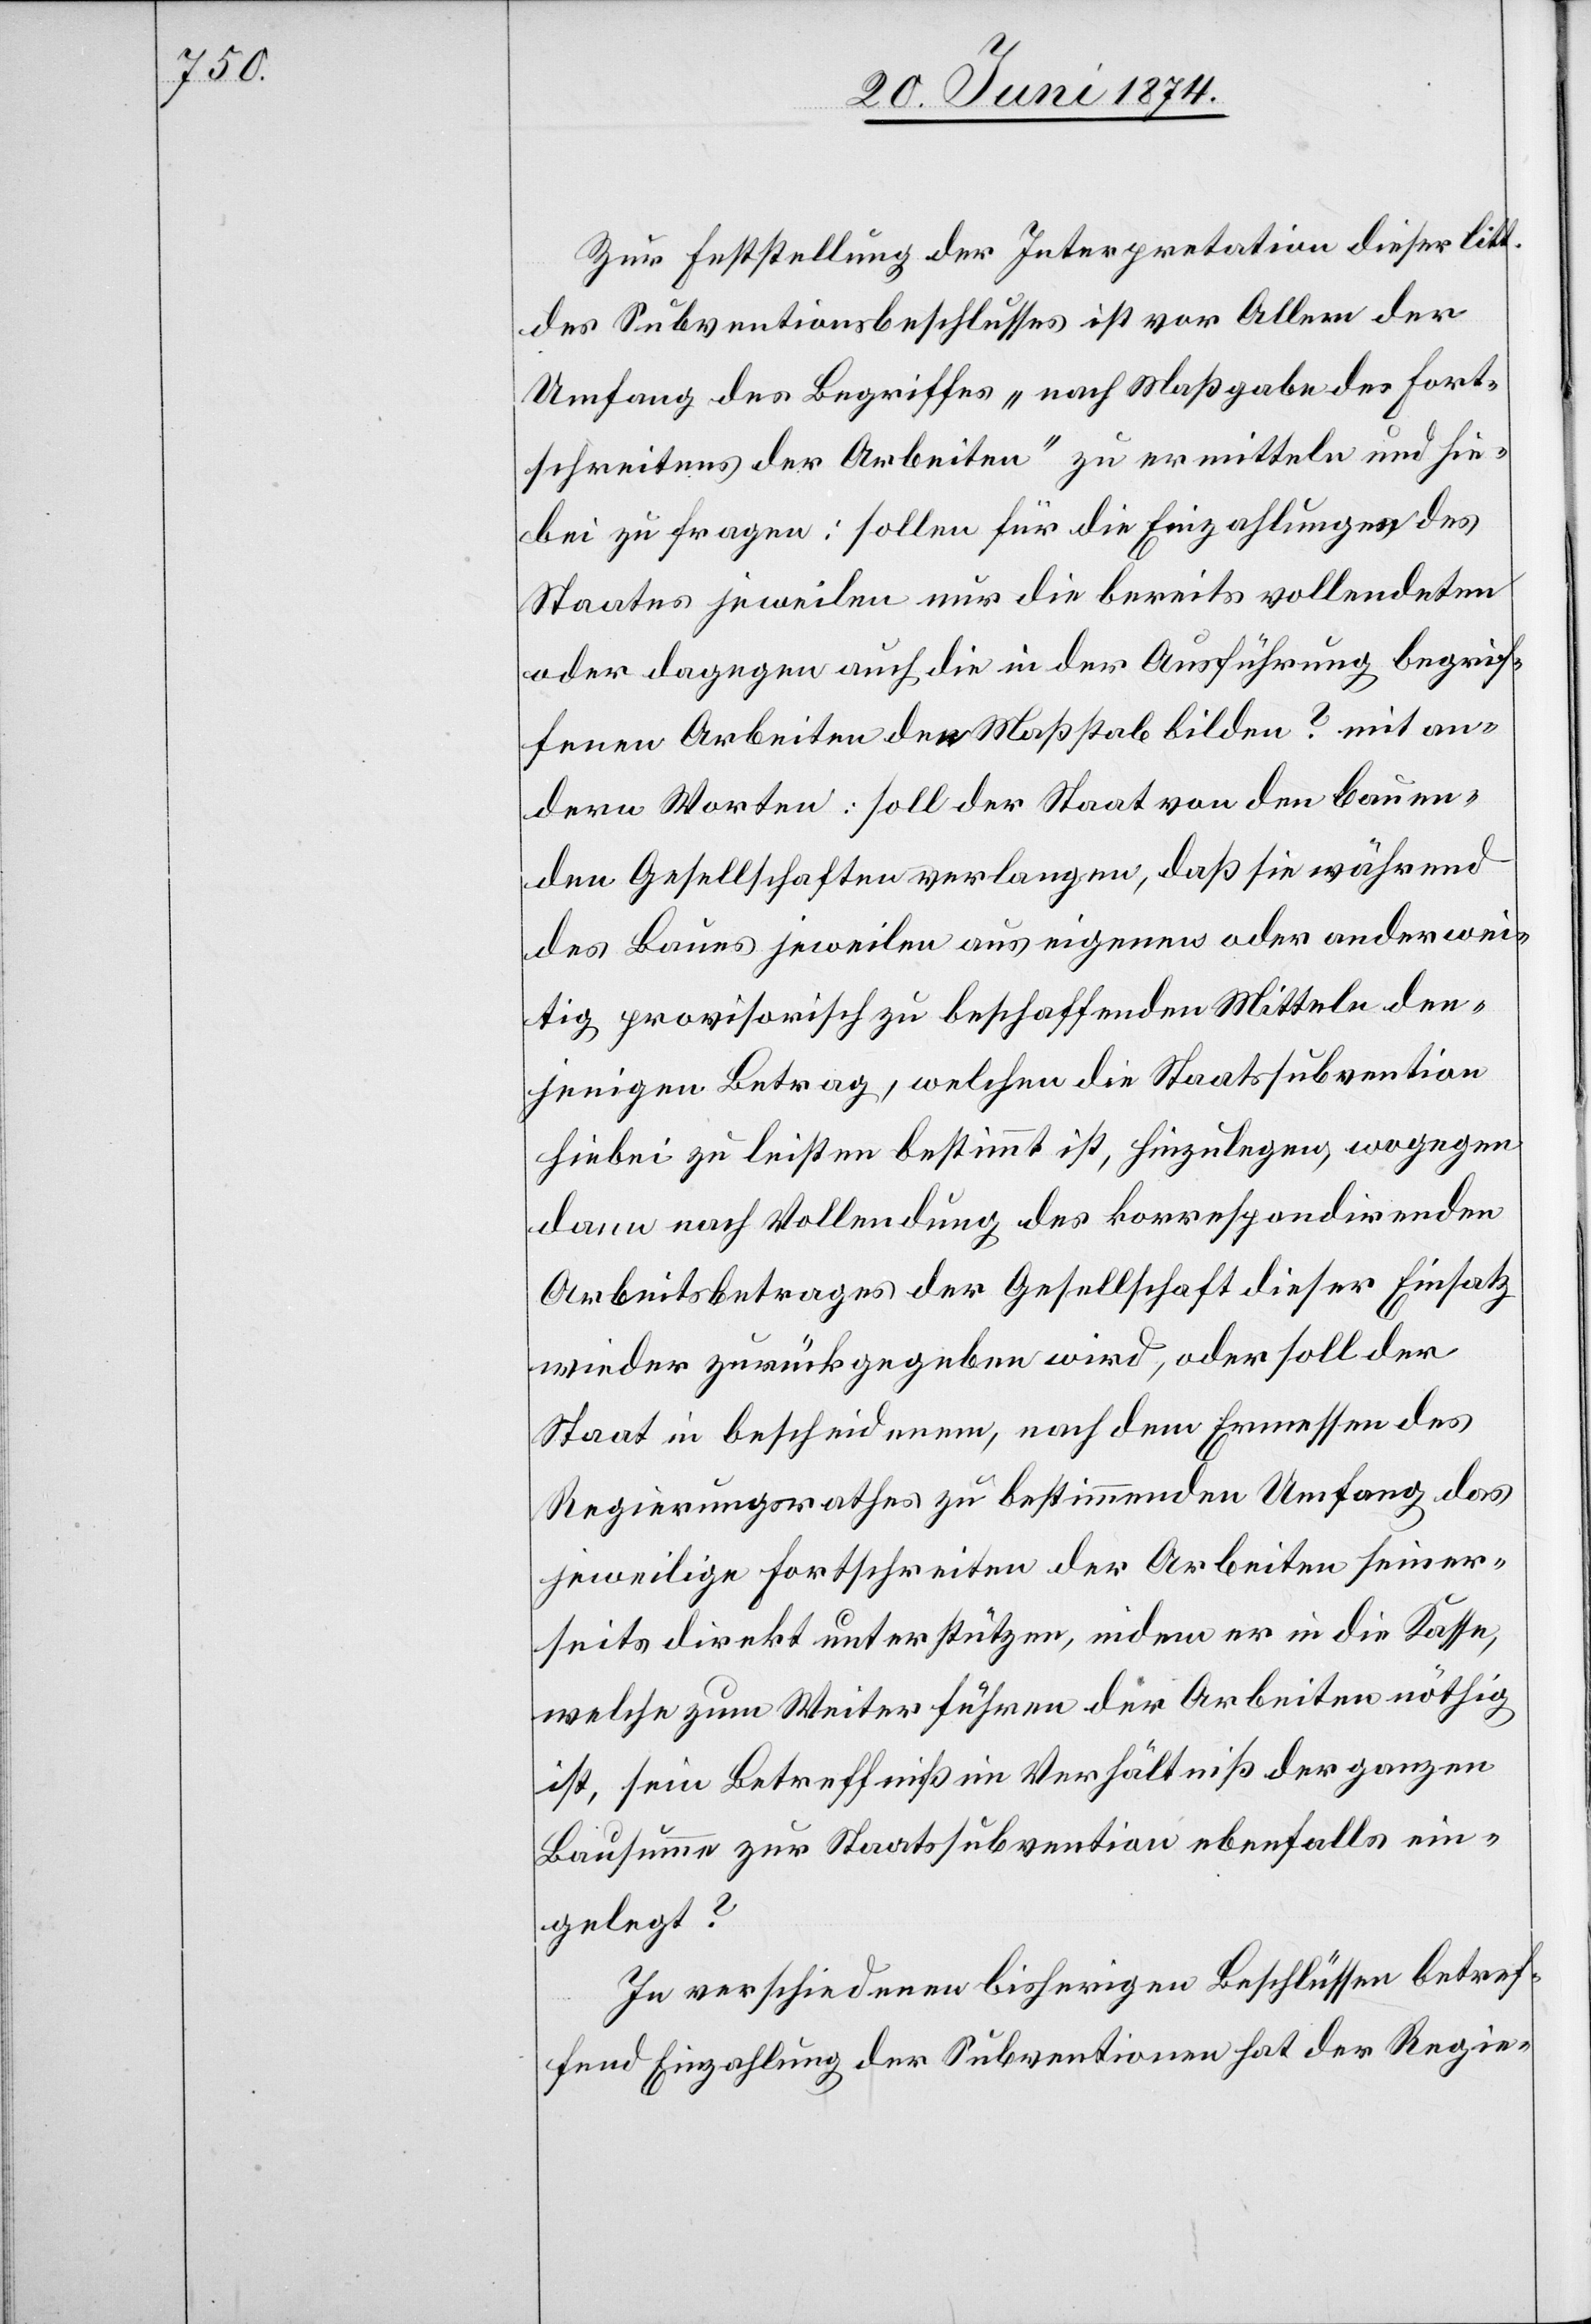
Zur Feststellung der Interpretation dieser litt.
des Subventionsbeschlusses ist vor Allem der
Umfang des Begriffes „nach Maßgabe des Fort¬
schreitens der Arbeiten“ zu ermitteln und hie¬
bei zu fragen: sollen für die Einzahlungen des
Staates jeweilen nur die bereits vollendeten
oder dagegen auch die in der Ausführung begrif¬
fenen Arbeiten der Maßstab bilden? mit an¬
dern Worten: soll der Staat von den bauen¬
den Gesellschaften verlangen, daß sie während
des Baues jeweilen aus eigenen oder anderwei¬
tig provisorisch zu beschaffenden Mitteln den¬
jenigen Betrag, welchen die Staatssubvention
hiebei zu leisten bestimmt ist, hinzulegen, wogegen
dann nach Vollendung des korrespondirenden
Arbeitsbetrages der Gesellschaft dieser Einsatz
wieder zurückgegeben wird, oder soll der
Staat in bescheidenem, nach dem Ermessen des
Regierungsrathes zu bestimmenden Umfang das
jeweilige Fortschreiten der Arbeiten seiner¬
seits direkt unterstützen, indem er in die Kasse,
welche zum Weiterführen der Arbeiten nöthig
ist, sein Betreffniß im Verhältniß der ganzen
Bausumme zur Staatssubvention ebenfalls ein¬
gelegt?
In verschiedenen bisherigen Beschlüssen betref¬
fend Einzahlung der Subventionen hat der Regie-